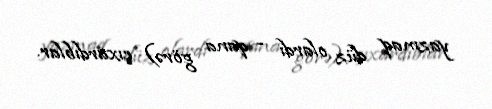
yazmaq düz olardı - qana görə) çıxardıblar.